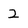
Character: 2